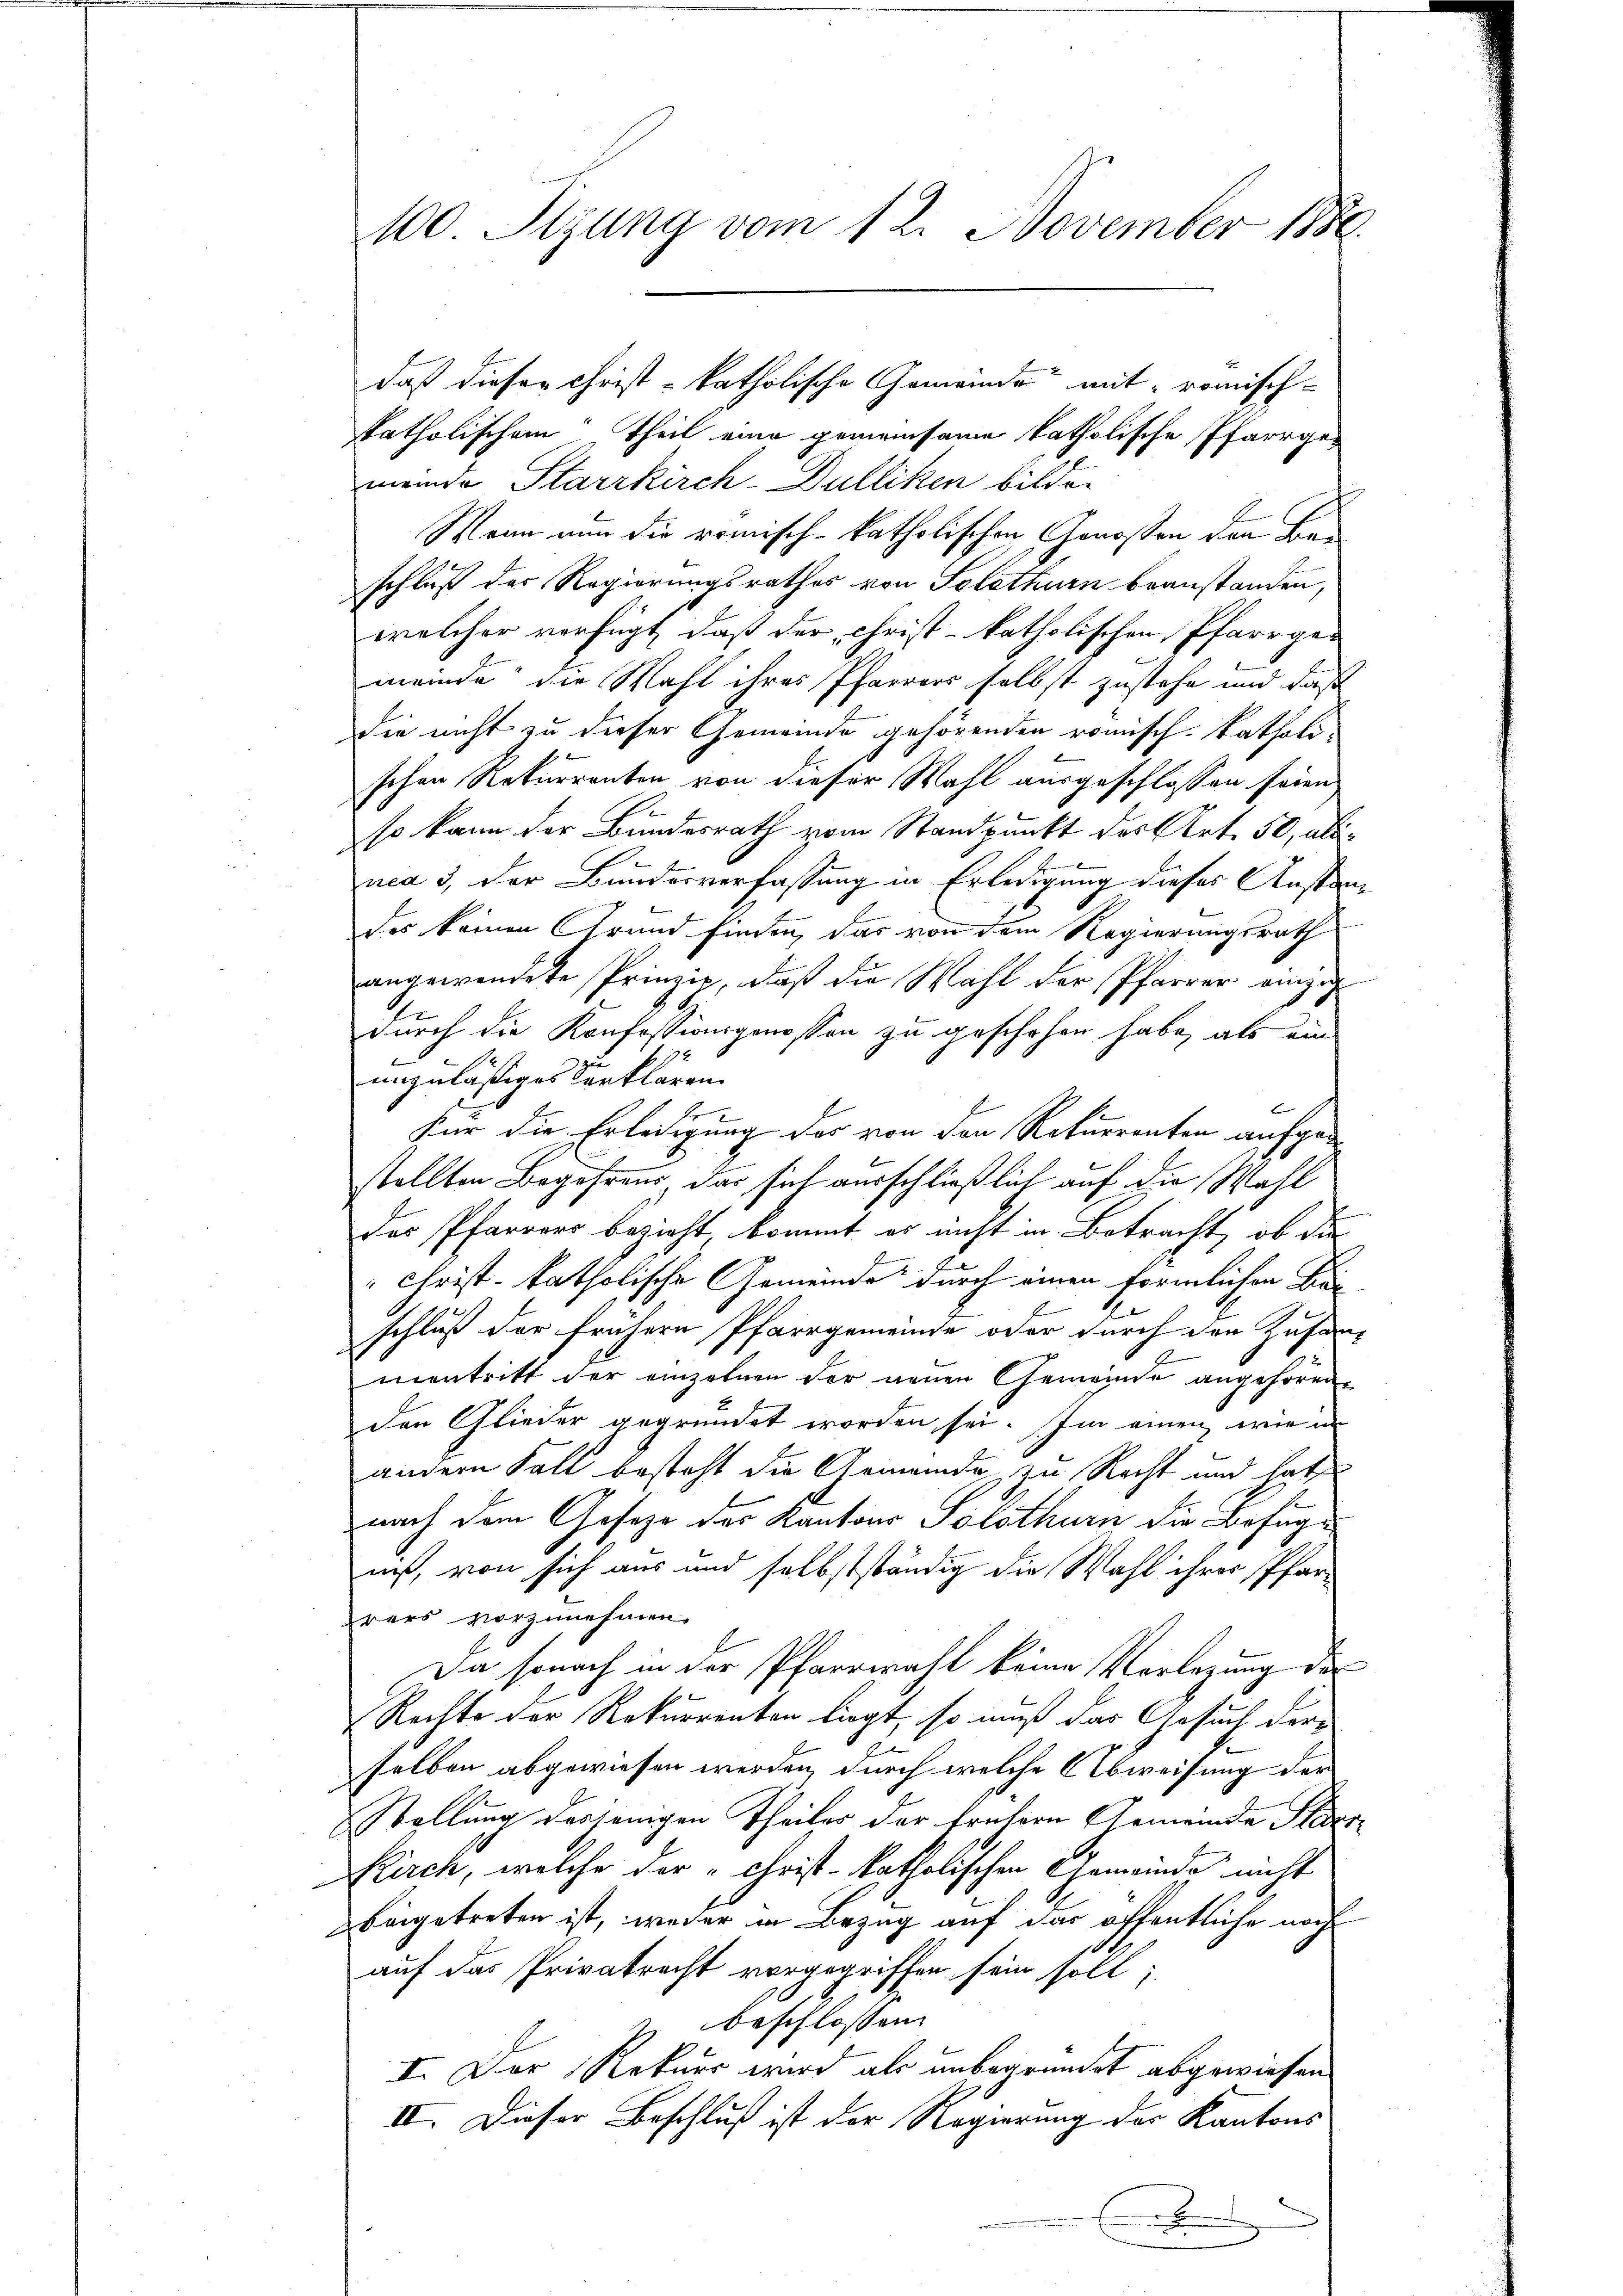
100 Sizung vom 12. November 1880.

katholischem Theil eine gemeinsame katholische Pfarrgemeinde Starrkirch-Dulliken bilde.
Wenn nun die römisch-katholischen Genossen den Beschluß des Regierungsrathes von Solothurn beanstanden,
welcher verfügt, daß der Christ-katholischen Pfarrgemeinde die Wahl ihres Pfarrers selbst zustehe und daß
die nicht zu dieser Gemeinde gehörenden römisch-katholischen Rekurrenten von dieser Wahl ausgeschlossen seien.
so kann der Bundesrath vom Standpunkt des Art. 50, alsnca 3, der Bundesverfassung in Erledigung dieses Anstan
des keinen Grund finden, das von dem Regierungsrath
angewendete Prinzip, daß die Wahl der Pfarrer einzig
durch die Konfessionsgenossen zu geschehen habe, als ein
unzulässiges Verklären.
E
Für die Erledigung des von den Rekurrenten aufgestellten Begehrens das sich ausschließlich auf die Wahl
das Pfarrers bezieht, kommt es nicht in Betracht, ob die
Christ-katholische Gemeinde durch einen förmlichen Bau
schluß der frühere Pfarrgemeinde oder durch den Zusammentritt der einzelnen der neuen Gemeinde angehören
den Glieder gegründet worden sei. Im einen wie in
andern Fall besteht die Gemeinde zu Recht und hat
nach dem Gesetze des Kantons Solothurn die Befugniß, von sich aus und selbstständig die Wahl ihrer Pfarwars vorzunehmen.
Da sonach in der Pfarrwahl keine Vorlegung der
Rechte der Rekurrenten liegt, so muß das Gesuch der
selben abgewiesen werden, durch welche Abweisung der
Stellung derjenigen Theiles der frühern Gemeinde Steder¬
Kirch, welche der „Christ-katholischen Gemeinde nicht
beigetreten ist, weder in Bezug auf das öffentliche noch
auf das Privatrecht vorgegriffen sein soll;
beschlossen
I. Der Rekurs wird als unbegründet abgewiesen.
II. Dieser Beschluß ist der Regierung der Kantons
E

daß dieser Christ-katholische Gemeinde mit römisch-